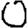
Digit: 0